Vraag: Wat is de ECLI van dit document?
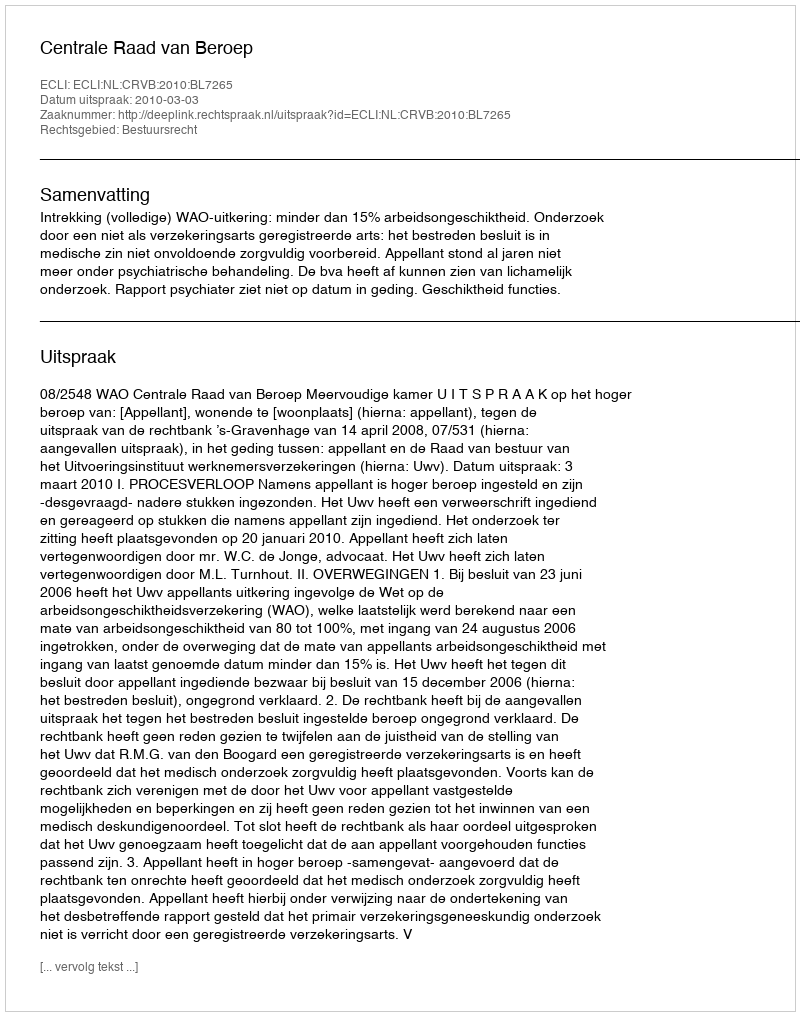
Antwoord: ECLI:NL:CRVB:2010:BL7265